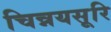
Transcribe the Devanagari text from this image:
चिन्नयसूरि